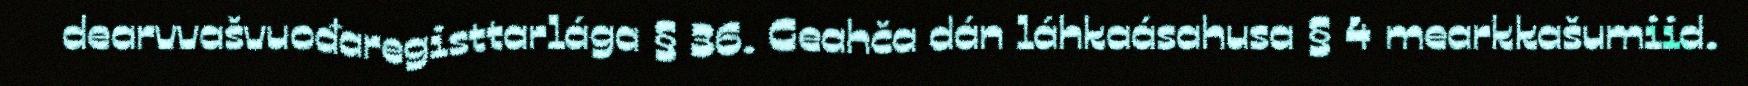
dearvvašvuođaregisttarlága § 36. Geahča dán láhkaásahusa § 4 mearkkašumiid.